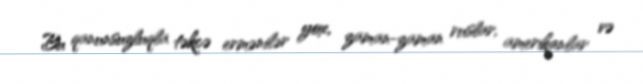
Bu qanunsuzluqla təkcə ermənilər yox, zaman-zaman ruslar, amerikanlar və